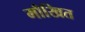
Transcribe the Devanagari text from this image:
मौखित